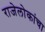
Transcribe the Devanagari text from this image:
राजेलोकांचा